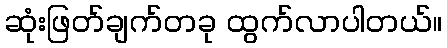
ဆုံးဖြတ်ချက်တခု ထွက်လာပါတယ်။